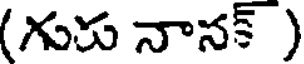
(గురు నానక్ )